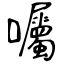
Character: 囑